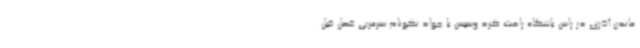
ماندن آذری در راس باشگاه راحت کرد وسپس با جواد نکونام سرمربی فصل قبل